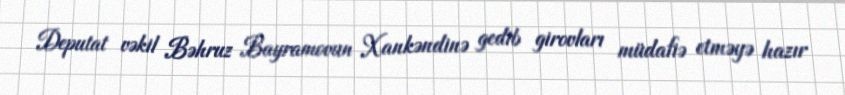
Deputat vəkil Bəhruz Bayramovun Xankəndinə gedib girovları müdafiə etməyə hazır